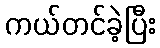
ကယ်တင်ခဲ့ပြီး